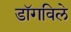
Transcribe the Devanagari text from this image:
डॉगविले